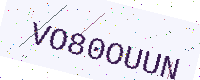
Text: VO80OUUN